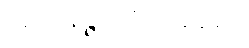
အာနေဉ္ဇာဘိသင်္ခါရော